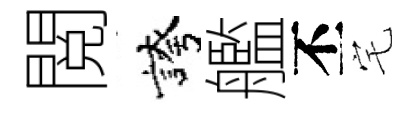
閲誇艦丕宅